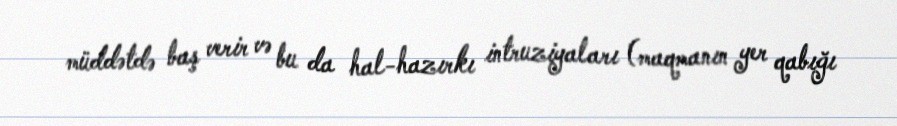
müddətdə baş verir və bu da hal-hazırkı intruziyaları (maqmanın yer qabığı